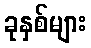
ခုနှစ်များ